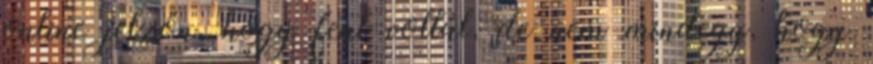
online jelzőn, hogy fent voltál, de nem mindegy, hogy